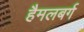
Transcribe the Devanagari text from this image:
हैमलबर्ग